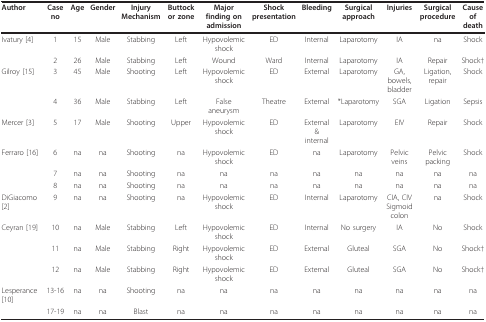
<table><thead><tr><td><b>Author</b></td><td><b>Case no</b></td><td><b>Age</b></td><td><b>Gender</b></td><td><b>Injury Mechanism</b></td><td><b>Buttock or zone</b></td><td><b>Major finding on admission</b></td><td><b>Shock presentation</b></td><td><b>Bleeding</b></td><td><b>Surgical approach</b></td><td><b>Injuries</b></td><td><b>Surgical procedure</b></td><td><b>Cause of death</b></td></tr></thead><tbody><tr><td>Ivatury [4]</td><td>1</td><td>15</td><td>Male</td><td>Stabbing</td><td>Left</td><td>Hypovolemic shock</td><td>ED</td><td>Internal</td><td>Laparotomy</td><td>IA</td><td>na</td><td>Shock</td></tr><tr><td></td><td>2</td><td>26</td><td>Male</td><td>Stabbing</td><td>Left</td><td>Wound</td><td>Ward</td><td>Internal</td><td>Laparotomy</td><td>IA</td><td>Repair</td><td>Shock†</td></tr><tr><td>Gilroy [15]</td><td>3</td><td>45</td><td>Male</td><td>Shooting</td><td>Left</td><td>Hypovolemic shock</td><td>ED</td><td>External</td><td>Laparotomy</td><td>GA, bowels, bladder</td><td>Ligation, repair</td><td>Shock</td></tr><tr><td></td><td>4</td><td>36</td><td>Male</td><td>Stabbing</td><td>Left</td><td>False aneurysm</td><td>Theatre</td><td>External</td><td>*Laparotomy</td><td>SGA</td><td>Ligation</td><td>Sepsis</td></tr><tr><td>Mercer [3]</td><td>5</td><td>17</td><td>Male</td><td>Shooting</td><td>Upper</td><td>Hypovolemic shock</td><td>ED</td><td>External &amp; internal</td><td>Laparotomy</td><td>EIV</td><td>Repair</td><td>Shock</td></tr><tr><td>Ferraro [16]</td><td>6</td><td>na</td><td>na</td><td>Shooting</td><td>na</td><td>Hypovolemic shock</td><td>ED</td><td>na</td><td>Laparotomy</td><td>Pelvic veins</td><td>Pelvic packing</td><td>Shock</td></tr><tr><td></td><td>7</td><td>na</td><td>na</td><td>Shooting</td><td>na</td><td>na</td><td>na</td><td>na</td><td>na</td><td>na</td><td>na</td><td>na</td></tr><tr><td></td><td>8</td><td>na</td><td>na</td><td>Shooting</td><td>na</td><td>na</td><td>na</td><td>na</td><td>na</td><td>na</td><td>na</td><td>na</td></tr><tr><td>DiGiacomo [2]</td><td>9</td><td>na</td><td>na</td><td>Shooting</td><td>na</td><td>Hypovolemic shock</td><td>ED</td><td>Internal</td><td>Laparotomy</td><td>CIA, CIV Sigmoid colon</td><td>na</td><td>Shock</td></tr><tr><td>Ceyran [19]</td><td>10</td><td>na</td><td>Male</td><td>Stabbing</td><td>Left</td><td>Hypovolemic shock</td><td>ED</td><td>Internal</td><td>No surgery</td><td>IA</td><td>No</td><td>Shock</td></tr><tr><td></td><td>11</td><td>na</td><td>Male</td><td>Stabbing</td><td>Right</td><td>Hypovolemic shock</td><td>ED</td><td>External</td><td>Gluteal</td><td>SGA</td><td>No</td><td>Shock†</td></tr><tr><td></td><td>12</td><td>na</td><td>Male</td><td>Stabbing</td><td>Right</td><td>Hypovolemic shock</td><td>ED</td><td>External</td><td>Gluteal</td><td>SGA</td><td>No</td><td>Shock†</td></tr><tr><td>Lesperance [10]</td><td>13-16</td><td>na</td><td>na</td><td>Shooting</td><td>na</td><td>na</td><td>na</td><td>na</td><td>na</td><td>na</td><td>na</td><td>na</td></tr><tr><td></td><td>17-19</td><td>na</td><td>na</td><td>Blast</td><td>na</td><td>na</td><td>na</td><td>na</td><td>na</td><td>na</td><td>na</td><td>na</td></tr></tbody></table>